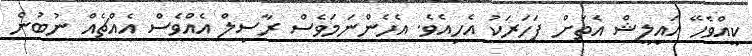
ކީއްވެހޭ އައިލީޝް އެތަށް ފަހަރަކު އެހިއެވެ. އެހެންނަމަވެސް ރާސިލް އެއްވެސް އެއްޗެއް ނުބުނެ